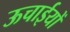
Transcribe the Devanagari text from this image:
ऊचाईयों